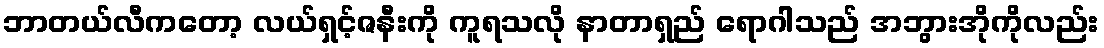
ဘာတယ်လီကတော့ လယ်ရှင့်ဇနီးကို ကူရသလို နာတာရှည် ရောဂါသည် အဘွားအိုကိုလည်း